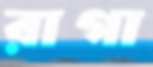
রাগা